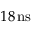
1 8 \, \mathrm { { n s } }